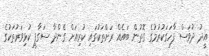
އީދު ދުވަސް ފާހަގަކުރުމުގެ ގޮތުން ބައެއް ރަށްތަކުގައި ކުރިއަށް ގެންދާ ސަގާފީ ކުޅިވަރުތަކުގެ